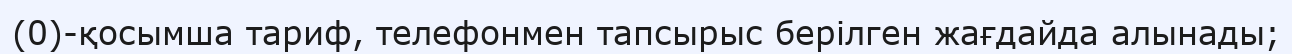
(0)-қосымша тариф, телефонмен тапсырыс берілген жағдайда алынады;